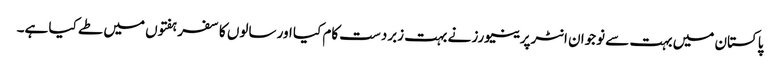
پاکستان میں بہت سے نوجوان انٹرپرینیورز نے بہت زبردست کام کیا اور سالوں کا سفر ہفتوں میں طے کیا ہے۔